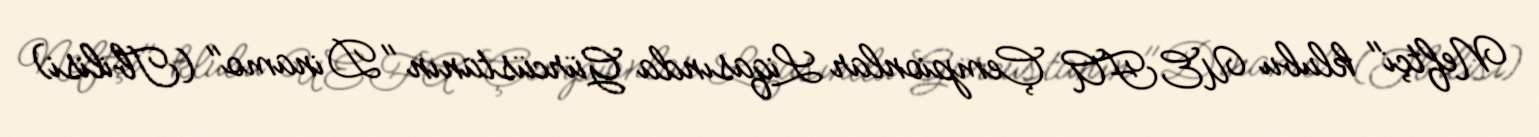
Neftçi" klubu UEFA Çempionlar Liqasında Gürcüstanın "Dinamo" (Tbilisi)